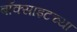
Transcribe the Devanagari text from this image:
बॉक्साइटच्या